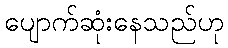
ပျောက်ဆုံးနေသည်ဟု